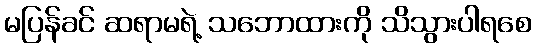
မပြန်ခင် ဆရာမရဲ့ သဘောထားကို သိသွားပါရစေ